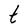
Character: t